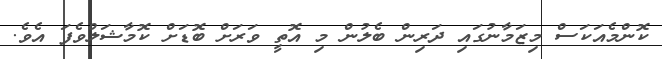
ކޮންމެއަކަސް މިޒަމާނުގައި ދަރިން ބެލުން މި އޮތީ ވަރަށް ބޮޑަށް ކޮމާޝަލްވެފަ އެވެ.